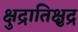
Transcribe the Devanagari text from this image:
क्षुद्रातिक्षुद्र